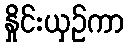
နှိုင်းယှဉ်ကာ